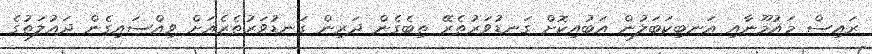
ރައިސް މައުމޫނާއި އަނބިކަބަލުން އަބުއިކޮށް ގަނޑުވަރުތެރޭ ތިބެގެން ދަރިން ގަނޑުވަރުތެރެއަށް ވިއްސައިގެން ދައުލަތުގެ